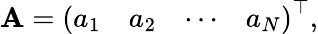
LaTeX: \mathrm{\mathbf A=\left(\begin{array}{llll}{a_{1}}&{a_{2}}&{\cdots}&{a_{N}}\end{array}\right)^{\top},}